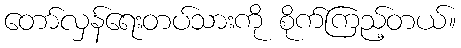
တော်လှန်ရေးတပ်သားကို စိုက်ကြည့်တယ်။